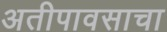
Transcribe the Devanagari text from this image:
अतीपावसाचा